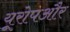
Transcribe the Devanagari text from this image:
यूरोपऔर